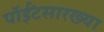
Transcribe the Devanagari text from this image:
पॉईंटसारख्या